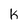
Character: k